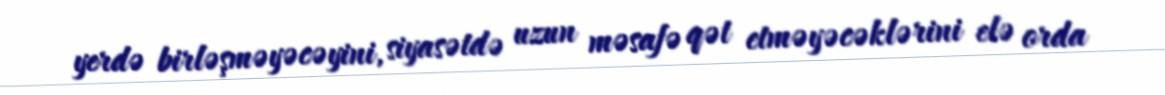
yerdə birləşməyəcəyini, siyasətdə uzun məsafə qət etməyəcəklərini elə orda